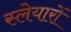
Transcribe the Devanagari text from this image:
स्लेयारों